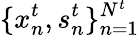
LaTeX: \{ x_{n}^{t},s_{n}^{t}\} _{n=1}^{N^{t}}